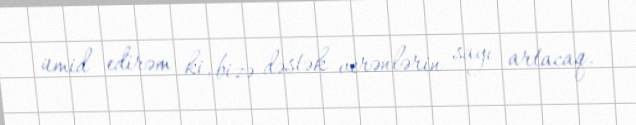
ümid edirəm ki, bizə dəstək verənlərin sayı artacaq.